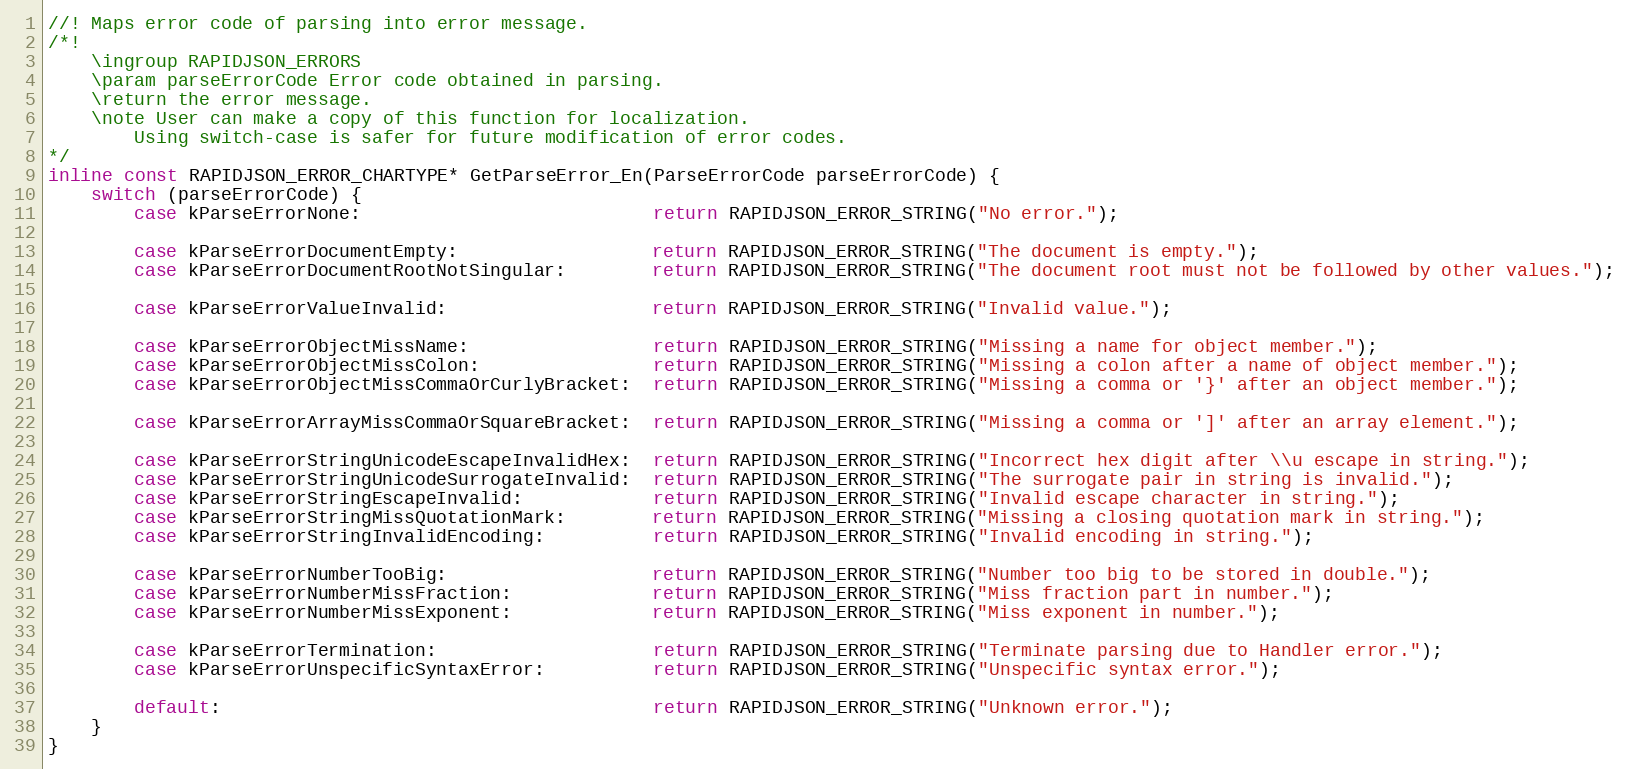
Language: C
//! Maps error code of parsing into error message.
/*!
    \ingroup RAPIDJSON_ERRORS
    \param parseErrorCode Error code obtained in parsing.
    \return the error message.
    \note User can make a copy of this function for localization.
        Using switch-case is safer for future modification of error codes.
*/
inline const RAPIDJSON_ERROR_CHARTYPE* GetParseError_En(ParseErrorCode parseErrorCode) {
    switch (parseErrorCode) {
        case kParseErrorNone:                           return RAPIDJSON_ERROR_STRING("No error.");

        case kParseErrorDocumentEmpty:                  return RAPIDJSON_ERROR_STRING("The document is empty.");
        case kParseErrorDocumentRootNotSingular:        return RAPIDJSON_ERROR_STRING("The document root must not be followed by other values.");

        case kParseErrorValueInvalid:                   return RAPIDJSON_ERROR_STRING("Invalid value.");

        case kParseErrorObjectMissName:                 return RAPIDJSON_ERROR_STRING("Missing a name for object member.");
        case kParseErrorObjectMissColon:                return RAPIDJSON_ERROR_STRING("Missing a colon after a name of object member.");
        case kParseErrorObjectMissCommaOrCurlyBracket:  return RAPIDJSON_ERROR_STRING("Missing a comma or '}' after an object member.");

        case kParseErrorArrayMissCommaOrSquareBracket:  return RAPIDJSON_ERROR_STRING("Missing a comma or ']' after an array element.");

        case kParseErrorStringUnicodeEscapeInvalidHex:  return RAPIDJSON_ERROR_STRING("Incorrect hex digit after \\u escape in string.");
        case kParseErrorStringUnicodeSurrogateInvalid:  return RAPIDJSON_ERROR_STRING("The surrogate pair in string is invalid.");
        case kParseErrorStringEscapeInvalid:            return RAPIDJSON_ERROR_STRING("Invalid escape character in string.");
        case kParseErrorStringMissQuotationMark:        return RAPIDJSON_ERROR_STRING("Missing a closing quotation mark in string.");
        case kParseErrorStringInvalidEncoding:          return RAPIDJSON_ERROR_STRING("Invalid encoding in string.");

        case kParseErrorNumberTooBig:                   return RAPIDJSON_ERROR_STRING("Number too big to be stored in double.");
        case kParseErrorNumberMissFraction:             return RAPIDJSON_ERROR_STRING("Miss fraction part in number.");
        case kParseErrorNumberMissExponent:             return RAPIDJSON_ERROR_STRING("Miss exponent in number.");

        case kParseErrorTermination:                    return RAPIDJSON_ERROR_STRING("Terminate parsing due to Handler error.");
        case kParseErrorUnspecificSyntaxError:          return RAPIDJSON_ERROR_STRING("Unspecific syntax error.");

        default:                                        return RAPIDJSON_ERROR_STRING("Unknown error.");
    }
}